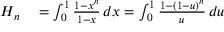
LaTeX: \begin{array} { r l } { H _ { n } } & { { } = \int _ { 0 } ^ { 1 } { \frac { 1 - x ^ { n } } { 1 - x } } \, d x = \int _ { 0 } ^ { 1 } { \frac { 1 - ( 1 - u ) ^ { n } } { u } } \, d u } \end{array}